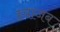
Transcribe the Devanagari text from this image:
हवाजब